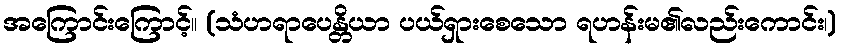
အကြောင်းကြောင့်။ (သံဟရာပေန္တိယာ ပယ်ရှားစေသော ရဟန်းမ၏လည်းကောင်း၊)